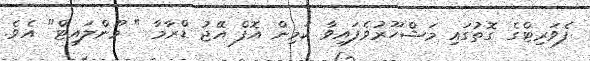
ފެވަރިޓްގެ ގޮތުގައި މަޝްހޫރުވެފައިވާ ކަމިން އޮފް އޭޖު ޑްރާމާ " މޫންލައިޓް" އެވެ.